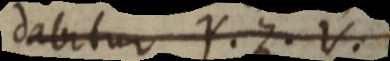
dabitur Y. Z. V.